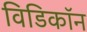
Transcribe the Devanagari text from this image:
विडिकॉन